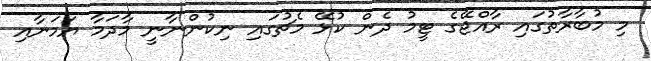
މި މުބާރާތުގައި ރާއްޖޭގެ ޓީމު ދެން ކުޅޭ މެޗުގައި ނިކުންނާނީ މާދަމާ ޔަމަނާއި